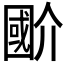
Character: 𭍲